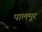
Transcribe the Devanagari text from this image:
पालमूर